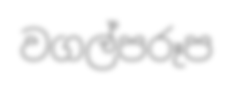
වගල්පරූප